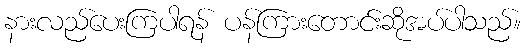
နားလည်ပေးကြပါရန် ပန်ကြားတောင်းဆိုအပ်ပါသည်။